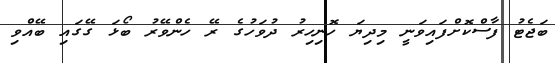
ބަޖެޓު ފާސްކޮށްފައިވަނީ މިދިޔަ ހޮނިހިރު ދުވަހުގެ ރޭ ހެންވޭރު ބޯޅަ ގޭގައި ބޭއްވި